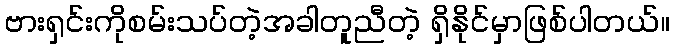
ဗားရှင်းကိုစမ်းသပ်တဲ့အခါတူညီတဲ့ ရှိနိုင်မှာဖြစ်ပါတယ်။